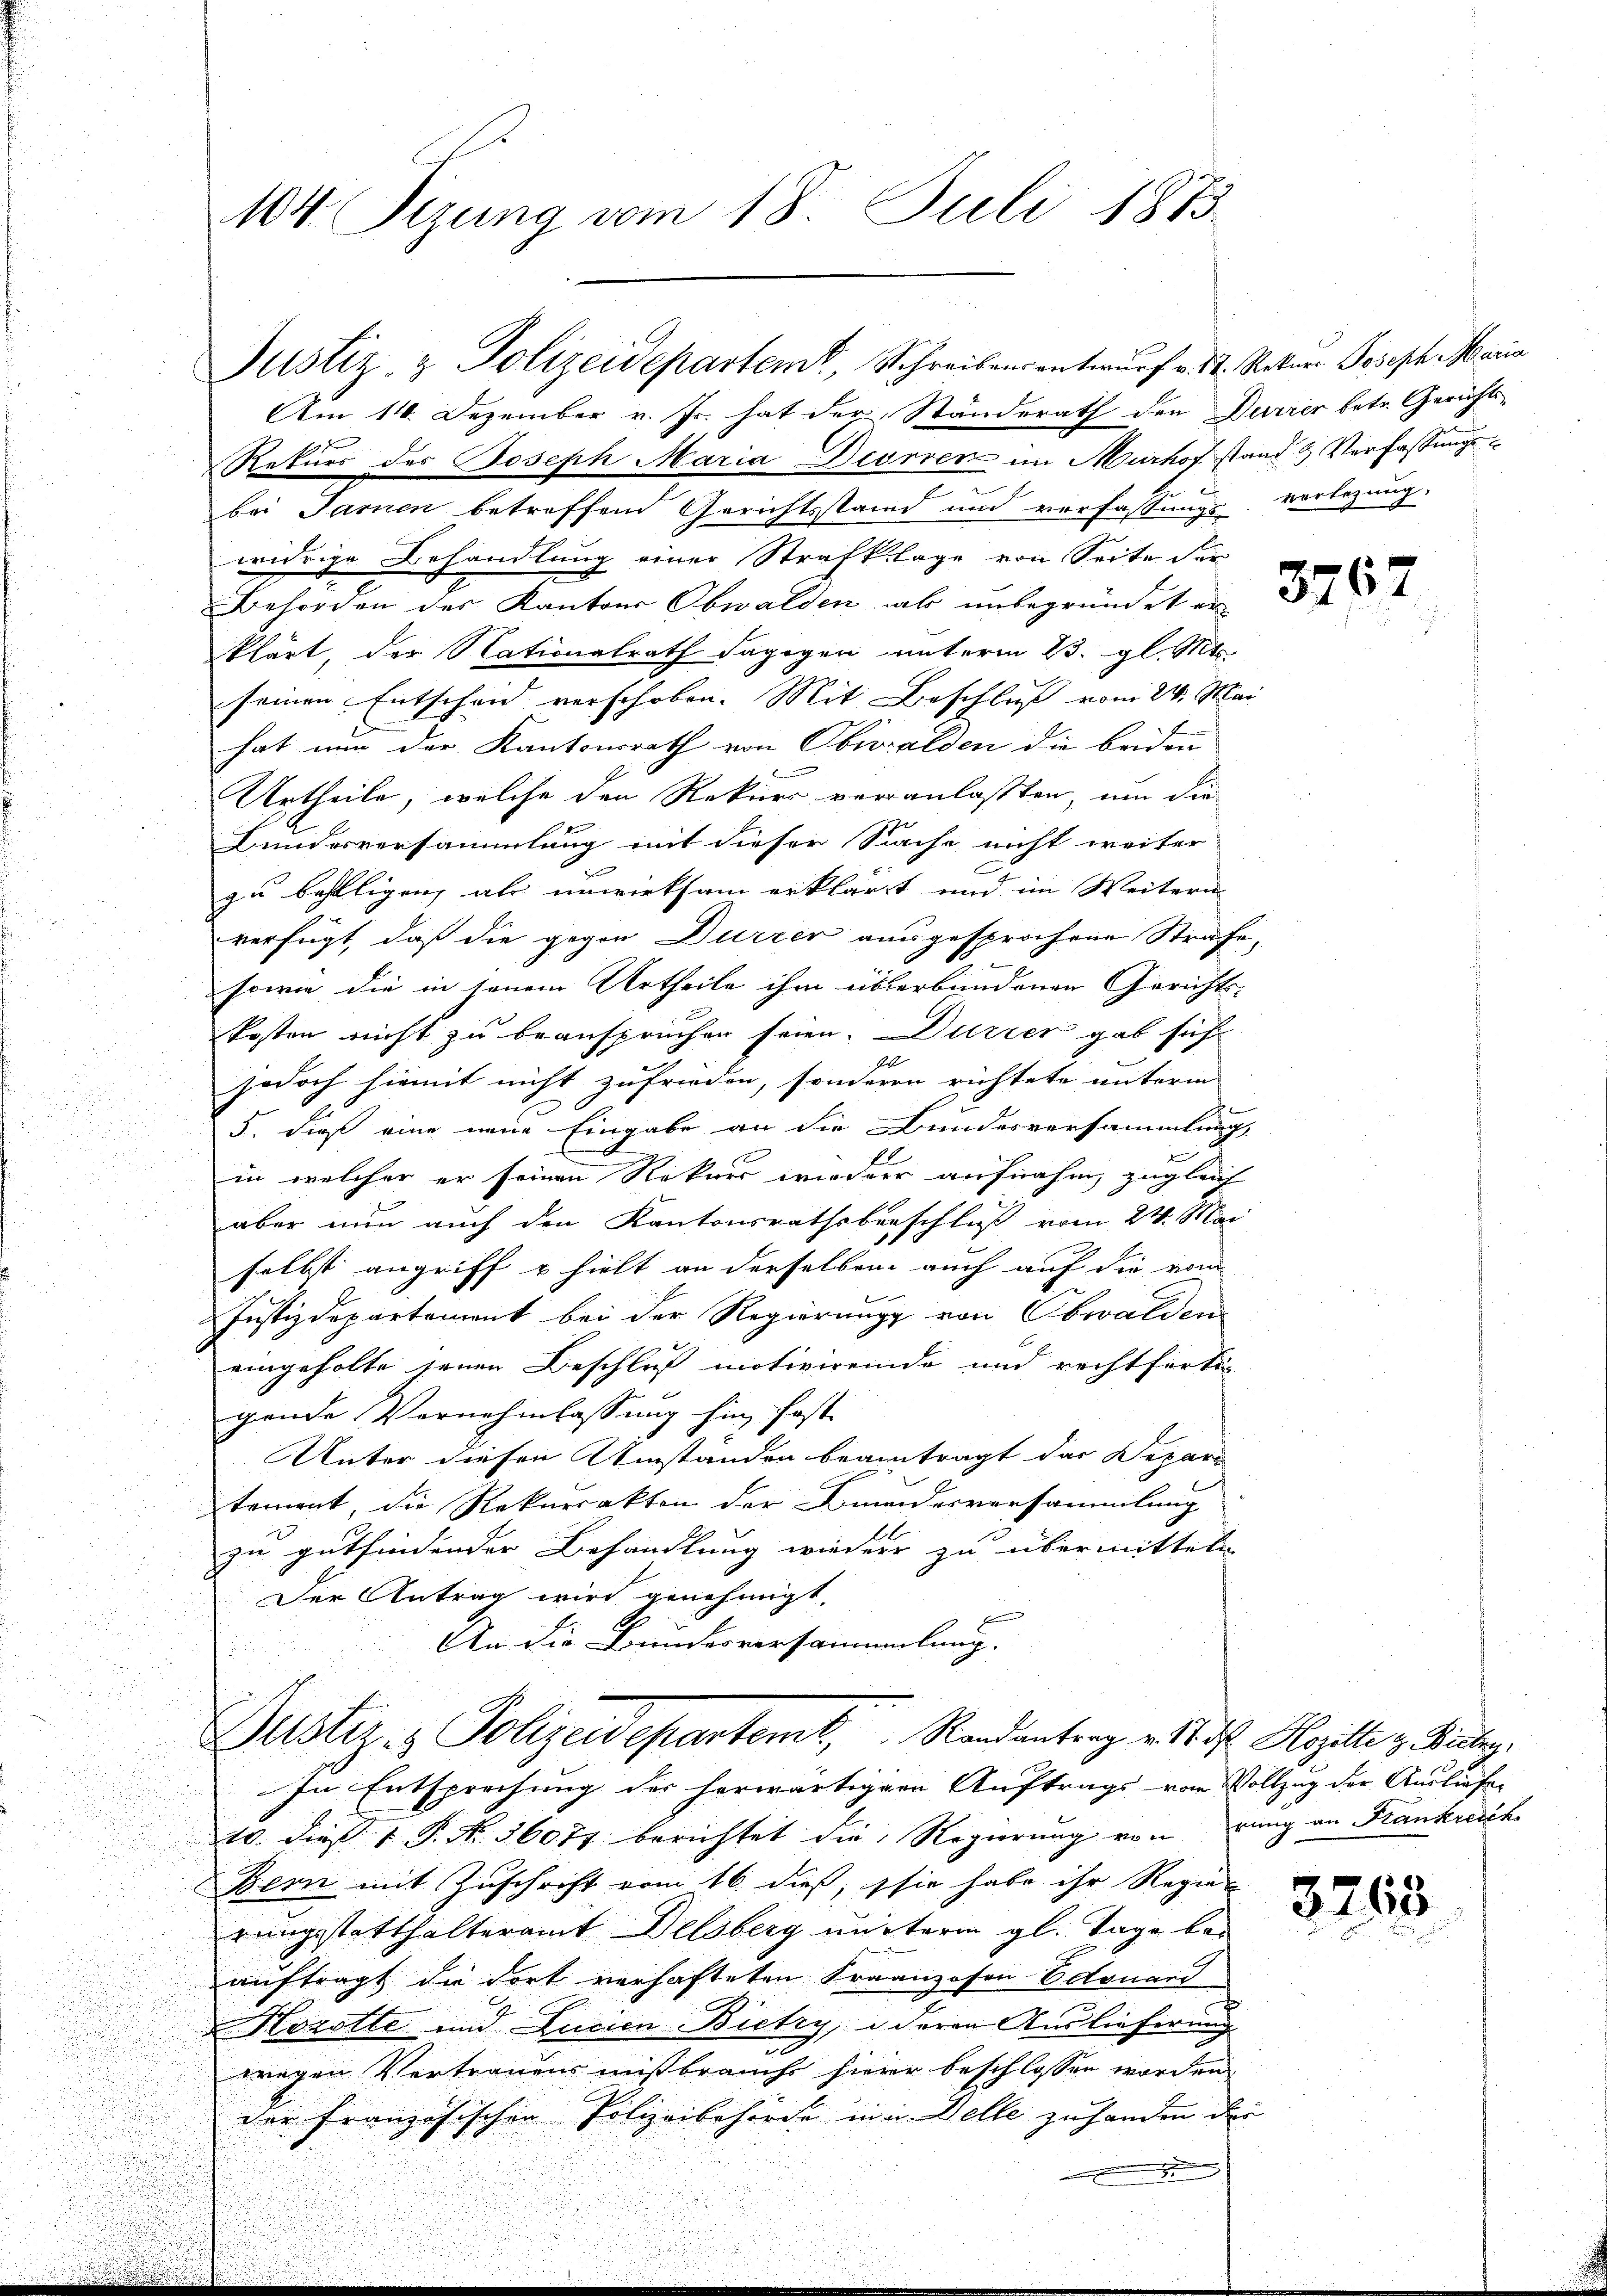
104 Sizung vom 18. Juli 1873.

Am 14. Dezember v. Fr. hat der Ständerath den Durrer betr. Gerichts¬
Rekurs des Joseph Maria Deorren im Murhof stand & Verfassungsbei Tarnen betreffend Gerichtsstand und verfassungsverlegung.
widrige Behandlung einer Strafklage von Seite der
Behörden der Kanton Obwalden als unbegründete
klärt, der Nationalrath dagegen unterm 23. gl. Mt
seinen Entscheid verschoben. Mit Beschluß vom 24. Mai
hat nun der Kantonsrath von Obwalden die beiden
Urtheile, welche den Rekurs veranlaßten, um die
Bundesversammlung mit dieser Siche nicht weiter
zu behilligen, als unwirksam erklärt und im Weitern-
verfügt, daß die gegen Dürrer ausgesprochene Strafe,
sowie die in jenem Urtheile ihm überbundenen Gerichts-
kosten nicht zu beanspruchen seien. Dürrer gab sich
jedoch hiemit nicht zufrieden, sonderen richtete unterm
5. dieß eine neue Eingabe an die Bundesversammlung,
F
in welcher er seinen Rekurs wieder aufnahm, zugleich
aber nun auch den Kantonsrathsbeschluß vom 24. Mai
selbst angriff u hielt an derselben auch auf die vom
Justizdepartement bei der Regierung von Obwalden
eingeholte jenen Beschluß motivirende und rechtfertig
gende Vernehmlassung hin, fast
Unter diesen Umstanden beantragt das Depar
tement, die Rekurrakten der Bundesversammlung
zu gutfindender Behandlung wieder zu übermitteln
Der Antrag wird genehmigt,
An die Bundesversammlung. |

Justiz- & Polizeidepartem, Schreibensentwurf v. 11. Rekurr Joseph Maria

Justiz- & Polizeidepartemt, Randantrag v. 4. d. Hozitte z. Bucheg

In Entsprechung der herwärtiger Auftrags vor Vollzug der Ausliefe
10. dieß 1 P. Nr. 36077 berichtet die Regierung von rang an Frankreiche
Bern mit Zuschrift vom 16. dieß, sie habe ihr Regier
rungsstatthalteramt Delsberg unterm gl. Tage bei
auftragt die dort verhafteten Fraanzosen Octouand
Kozolle und Lucian Bietzy,  deren Auslieferung
wegen Vertrauens mißbraucht hierer beschlossen worden,
der Französischen Polizeibehörde in u. Welle zu handen die
5

3763